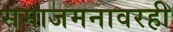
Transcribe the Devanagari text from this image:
समाजमनावरही